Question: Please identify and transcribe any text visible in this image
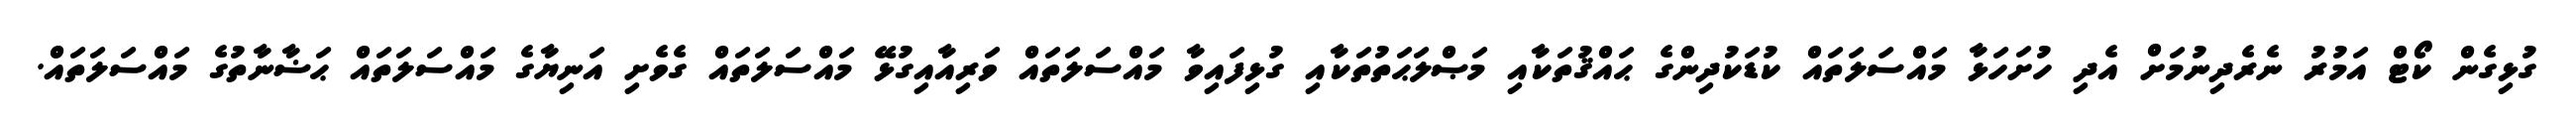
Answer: ގުޅިގެން ކޯޓް އަމުރު ނެރެދިނުމަށް އެދި ހުށަހަޅާ މައްސަލަތައް ކުޑަކުދިންގެ ޙައްޤުތަކާއި މަޞްލަޙަތުތަކާއި ގުޅިފައިވާ މައްސަލަތައް ވަރިއާއިގުޅޭ މައްސަލަތައް ގެވެށި އަނިޔާގެ މައްސަލަތައް ޙަޟާނާތުގެ މައްސަލަތައް.